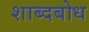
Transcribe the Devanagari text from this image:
शाब्दबोध